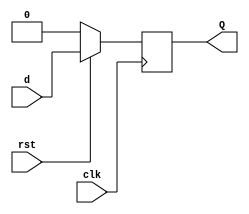
module d_ff (clk, rst, d, Q);
    input clk, rst, d;
    output reg Q;

    always @ (posedge clk) begin
        if (~rst) begin
            Q <= 'd0;
        end else begin
            Q <= d;
        end
    end
endmodule